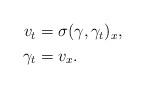
LaTeX: \begin{align*} \begin{aligned} v_t &= \sigma(\gamma,\gamma_t)_x, \\ \gamma_t&=v_x. \end{aligned}\end{align*}